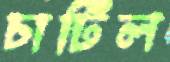
চার্টিল